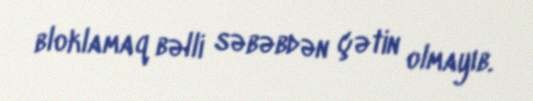
bloklamaq bəlli səbəbdən çətin olmayıb.